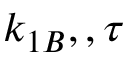
k _ { 1 B } , , \tau